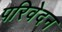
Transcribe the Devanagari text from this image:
परिवेदन